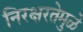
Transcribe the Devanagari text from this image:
निरक्षरतेमुळे